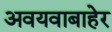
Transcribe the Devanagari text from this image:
अवयवाबाहेर